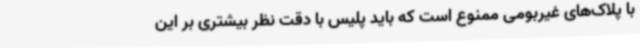
با پلاک‌های غیربومی ممنوع است که باید پلیس با دقت نظر بیشتری بر این